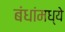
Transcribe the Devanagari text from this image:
बंधांमध्ये